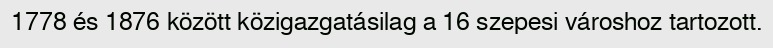
1778 és 1876 között közigazgatásilag a 16 szepesi városhoz tartozott.